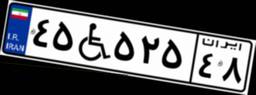
۷۰W۵۲۶۱۱